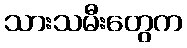
သားသမီးတွေက